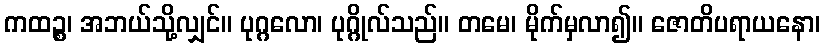
ကထဉ္စ၊ အဘယ်သို့လျှင်။ ပုဂ္ဂလော၊ ပုဂ္ဂိုလ်သည်။ တမေ၊ မိုက်မှလာ၍။ ဇောတိပရာယနော၊